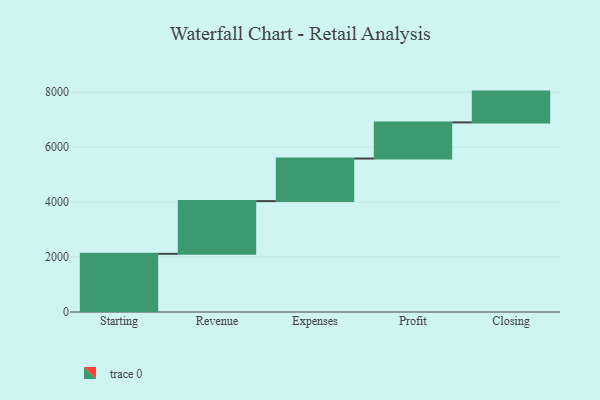
{"axis": {"x": "Step", "y": "Value"}, "legend": [""], "data": [{"x": "Starting", "y": 2118.0, "type": ""}, {"x": "Revenue", "y": 1919.0, "type": ""}, {"x": "Expenses", "y": 1549.0, "type": ""}, {"x": "Profit", "y": 1316.0, "type": ""}, {"x": "Closing", "y": 1121.0, "type": ""}]}